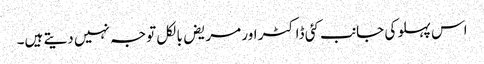
اس پہلو کی جانب کئی ڈاکٹر اور مریض بالکل توجہ نہیں دیتے ہیں۔